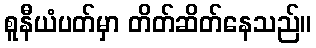
စူနီယံပတ်မှာ တိတ်ဆိတ်နေသည်။